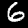
Label: 6